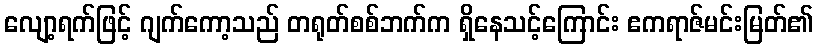
လျော့ရက်ဖြင့် ဂျက်ကော့သည် တရုတ်စစ်ဘက်က ရှိနေသင့်ကြောင်း ဧကရာဇ်မင်းမြတ်၏